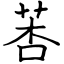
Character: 莕